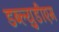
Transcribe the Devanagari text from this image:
डब्ल्युडीएम